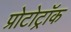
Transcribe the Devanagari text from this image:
प्रोटोट्रॉक